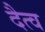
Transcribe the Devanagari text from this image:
दैत्व